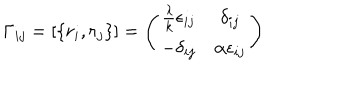
\Gamma _ { i j } = \left[ \{ r _ { i } , r _ { j } \} \right] = \left( \begin{array} { c c } { { \frac { \lambda } { k } \epsilon _ { i j } } } & { { \delta _ { i j } } } \\ { { - \delta _ { i j } } } & { { \alpha \epsilon _ { i j } } } \\ \end{array} \right)